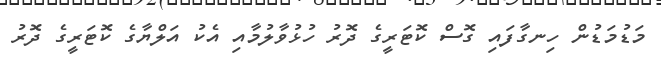
މަޑުމަޑުން ހިނގާފައި ގޮސް ކޮޓަރީގެ ދޮރު ހުޅުވާލުމާއި އެކު އަލްޔާގެ ކޮޓަރީގެ ދޮރު